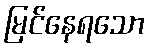
မြင်နေရသော